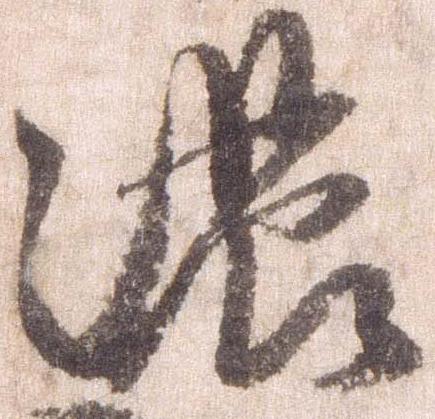
濃